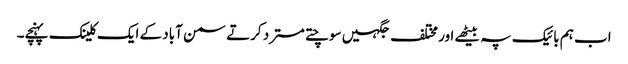
اب ہم بائیک پہ بیٹھے اور مختلف جگہیں سوچتے مسترد کرتے سمن آباد کے ایک کلینک پہنچے۔